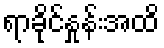
ရာခိုင်နှုန်းအထိ